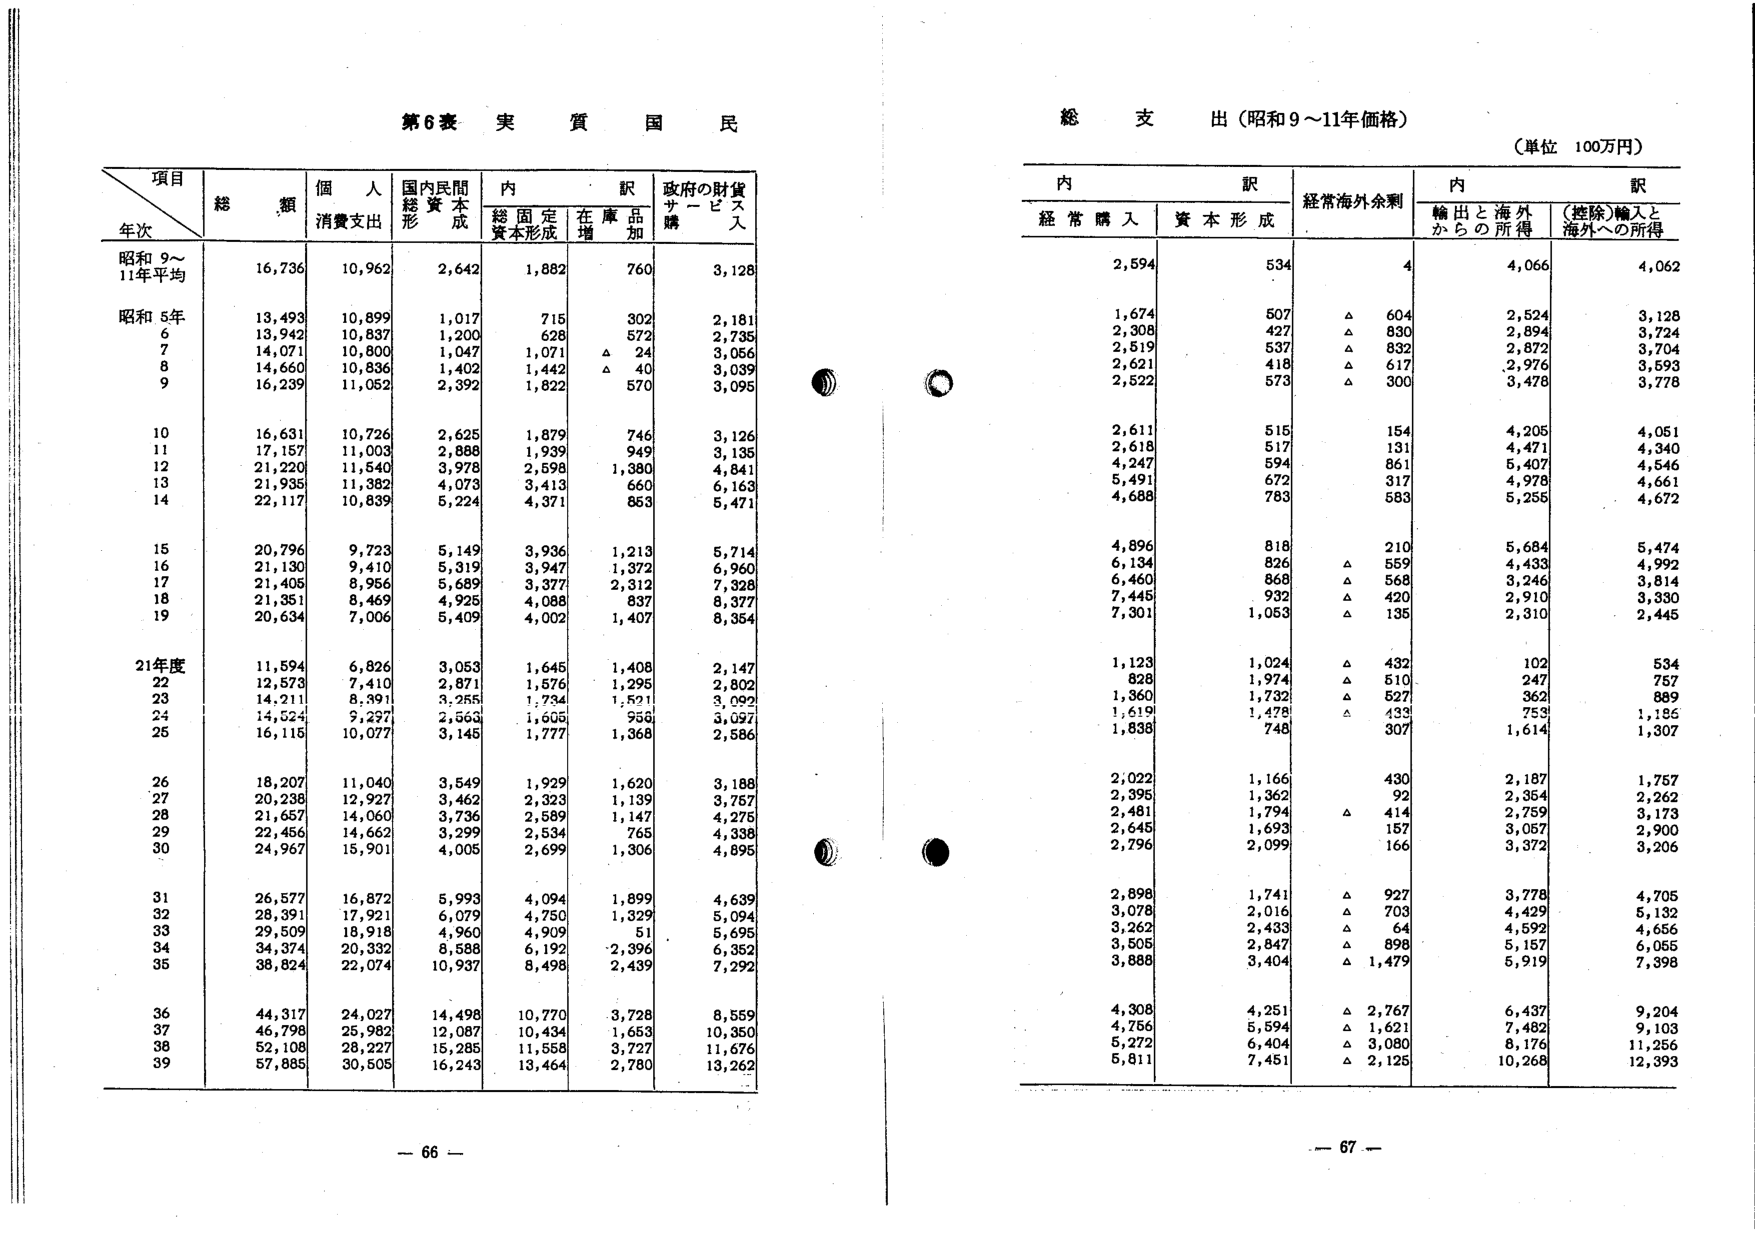
第6表 実質国民

項目
年次
総額
個人消費支出
国内民間経済資本形成
内訳
政府の財貨サービス購入
総固定資本形成
在庫品増加

昭和9～11年平均
16,736
10,962
2,642
1,882
760
3,128

昭和5年
13,493
10,899
1,017
715
302
2,181
6
13,942
10,837
1,200
628
572
2,735
7
14,071
10,800
1,047
1,071
△24
3,056
8
14,660
10,836
1,402
1,442
△40
3,039
9
16,239
11,052
2,392
1,822
570
3,095

10
16,631
10,726
2,625
1,879
746
3,126
11
17,157
11,003
2,888
1,939
949
3,135
12
21,220
11,540
3,978
2,598
1,380
4,841
13
21,935
11,382
4,073
3,413
660
6,163
14
22,117
10,839
5,224
4,371
853
5,471

15
20,796
9,723
5,149
3,936
1,213
5,714
16
21,130
9,410
5,319
3,947
1,372
6,960
17
21,405
8,956
5,689
3,377
2,312
7,328
18
21,351
8,469
4,925
4,088
837
8,377
19
20,634
7,006
5,409
4,002
1,407
8,354

21年度
11,594
6,826
3,053
1,645
1,408
2,147
22
12,573
7,410
2,871
1,576
1,295
2,802
23
14,211
8,391
3,255
1,734
1,521
3,092
24
14,524
9,297
2,563
1,505
958
3,097
25
16,115
10,077
3,145
1,777
1,368
2,586

26
18,207
11,040
3,549
1,929
1,620
3,188
27
20,238
12,927
3,462
2,323
1,139
3,757
28
21,657
14,060
3,736
2,589
1,147
4,275
29
22,456
14,662
3,299
2,534
765
4,338
30
24,967
15,901
4,005
2,699
1,306
4,895

31
26,577
16,872
5,993
4,094
1,899
4,639
32
28,391
17,921
6,079
4,750
1,329
5,094
33
29,509
18,918
4,960
4,909
51
5,695
34
34,374
20,332
8,588
6,192
2,396
6,352
35
38,824
22,074
10,937
8,498
2,439
7,292

36
44,317
24,027
14,498
10,770
3,728
8,559
37
46,798
25,982
12,087
10,434
1,653
10,350
38
52,108
28,227
15,285
11,558
3,727
11,576
39
57,885
30,505
16,243
13,464
2,780
13,262

総支出（昭和9～11年価格）
（単位 100万円）

内訳
経常海外余剰
内訳
経常購入
資本形成
輸出と海外からの所得
（控除）輸入と海外への所得

2,594
534
4
4,066
4,062

1,674
507
△604
2,524
3,128
2,308
427
△830
2,894
3,724
2,519
537
△832
2,872
3,704
2,621
418
△617
2,976
3,593
2,522
573
△300
3,478
3,778

2,611
515
154
4,205
4,051
2,618
517
131
4,471
4,340
4,247
594
861
5,407
4,546
5,491
672
317
4,978
4,661
4,688
783
583
5,255
4,672

4,896
818
210
5,684
5,474
6,134
826
△559
4,433
4,992
6,460
868
△568
3,246
3,814
7,445
932
△420
2,910
3,330
7,301
1,053
△135
2,310
2,445

1,123
1,024
△432
102
534
828
1,974
△510
247
757
1,360
1,732
△527
362
889
1,619
1,478
△433
753
1,186
1,838
748
307
1,614
1,307

2,022
1,166
430
2,187
1,757
2,395
1,362
92
2,354
2,262
2,481
1,794
△414
2,759
3,173
2,645
1,693
157
3,057
2,900
2,796
2,099
166
3,372
3,206

2,898
1,741
△927
3,778
4,705
3,078
2,016
△703
4,429
5,132
3,262
2,433
△64
4,592
4,656
3,505
2,847
△898
5,157
6,055
3,888
3,404
△1,479
5,919
7,398

4,308
4,251
△2,767
6,437
9,204
4,756
5,594
△1,621
7,482
9,103
5,272
6,404
△3,080
8,176
11,256
5,811
7,451
△2,125
10,268
12,393

— 66 —
— 67 —